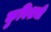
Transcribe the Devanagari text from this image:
कुबिशची